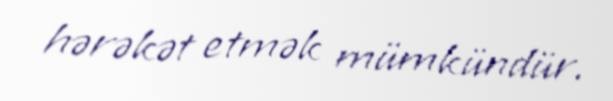
hərəkət etmək mümkündür.